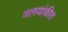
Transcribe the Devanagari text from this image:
वलयांकीत